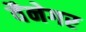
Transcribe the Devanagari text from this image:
वैनेगर